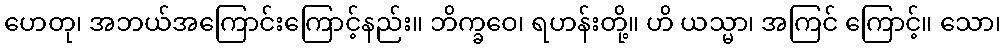
ဟေတု၊ အဘယ်အကြောင်းကြောင့်နည်း။ ဘိက္ခဝေ၊ ရဟန်းတို့။ ဟိ ယသ္မာ၊ အကြင် ကြောင့်။ သော၊